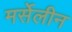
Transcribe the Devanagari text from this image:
मर्सेलीन